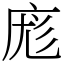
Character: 庬